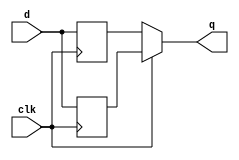
module top_module (
    input clk,
    input d,
    output q
);
    reg r1,r2;
    always @(posedge clk)
        r1<=d;
    always @(negedge clk)
        r2<=d;
    always @(clk) begin
		if(clk)
			q = r1;
		else
			q = r2;
	 end 
endmodule